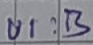
Text: UI:B